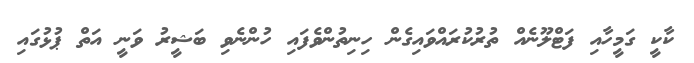
ކާކީ ގަމީހާއި ފަޓްލޫނެއް ތުރުކުރައްވައިގެން ހިނިތުންވެފައި ހުންނެވި ބަޝީރު ވަނީ އަތް ޕުޅުގައި